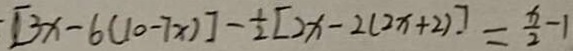
[ 3 x - 6 ( 1 0 - 7 x ) ] - \frac { 1 } { 2 } [ 2 x - 2 ( 2 x + 2 ) ] = \frac { x } { 2 } - 1